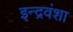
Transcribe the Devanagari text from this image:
इन्द्रवंशा